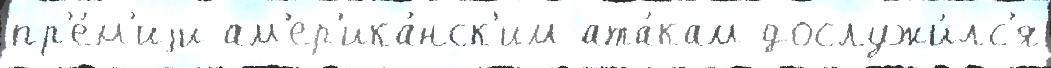
пр'е́м'иjи ам'ер'ика́нск'им ата́кам дослужи́лс'я